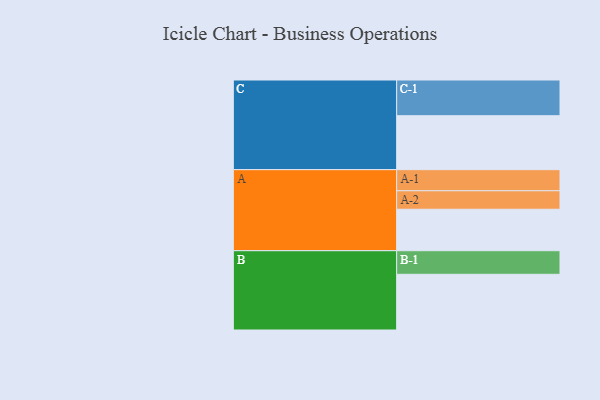
{"axis": {"x": "Segment", "y": "Value"}, "legend": ["", "A", "B", "C"], "data": [{"x": "A", "y": 332, "type": ""}, {"x": "B", "y": 446, "type": ""}, {"x": "C", "y": 432, "type": ""}, {"x": "A-1", "y": 169, "type": "A"}, {"x": "A-2", "y": 148, "type": "A"}, {"x": "B-1", "y": 189, "type": "B"}, {"x": "C-1", "y": 286, "type": "C"}]}